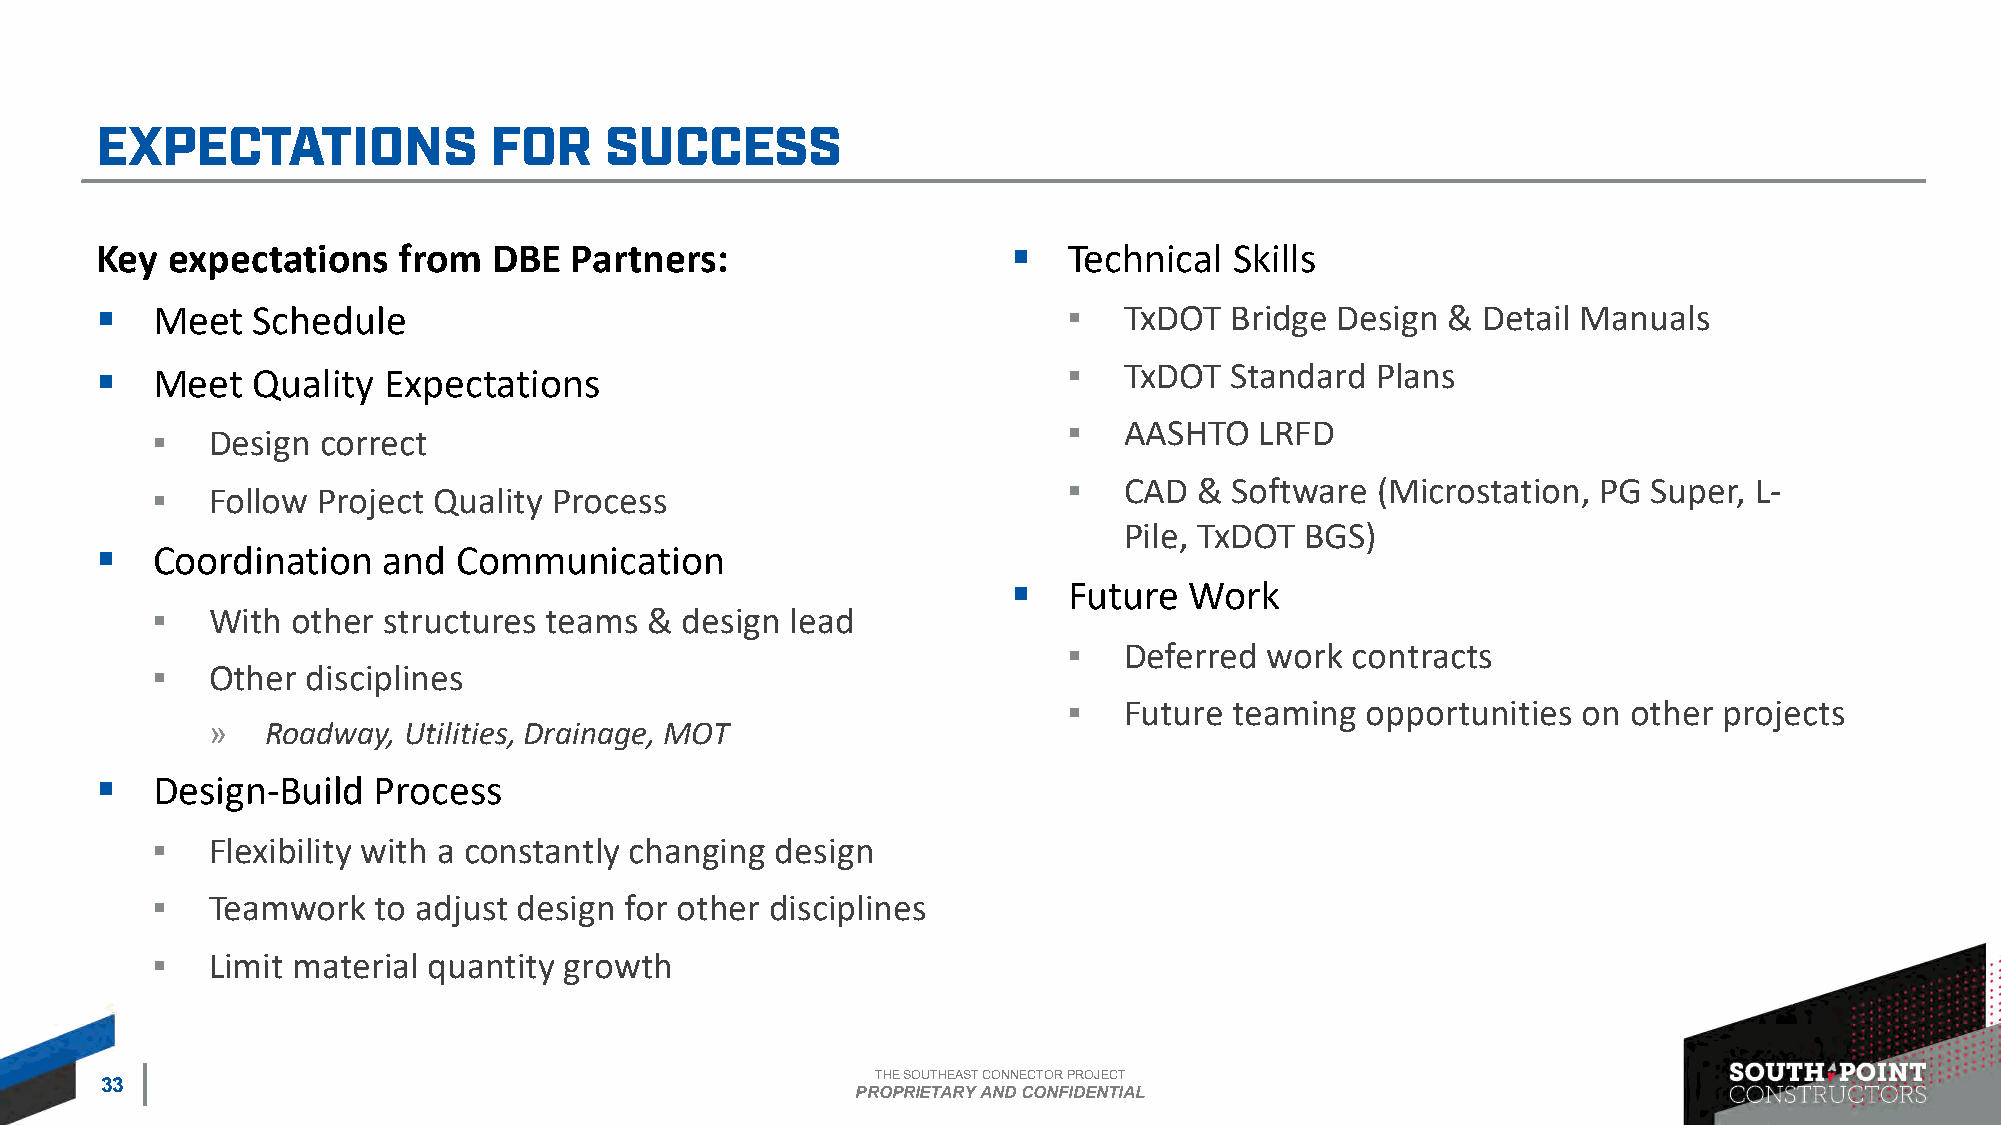
Key  expectations   from   DBE  Partners:                    ▪   Technical  Skills
 ▪   Meet   Schedule                                              ▪  TxDOT  Bridge Design  & Detail Manuals
 ▪   Meet   Quality Expectations                                  ▪  TxDOT  Standard  Plans
 ▪  AASHTO   LRFD
 ▪   Design correct
 ▪  CAD  & Software  (Microstation, PG Super, L-
 ▪   Follow Project Quality Process
 Pile, TxDOT BGS)
 ▪   Coordination   and  Communication
 ▪   Future  Work
 ▪   With other structures teams  & design lead
 ▪  Deferred  work contracts
 ▪   Other disciplines
 ▪  Future  teaming opportunities  on other projects
 »   Roadway, Utilities, Drainage, MOT
 ▪   Design-Build   Process
 ▪   Flexibility with a constantly changing design
 ▪   Teamwork   to adjust design for other disciplines
 ▪   Limit material quantity growth
 THE SOUTHEAST CONNECTOR PROJECT
 33
 PROPRIETARY AND CONFIDENTIAL